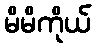
မိမိကိုယ်